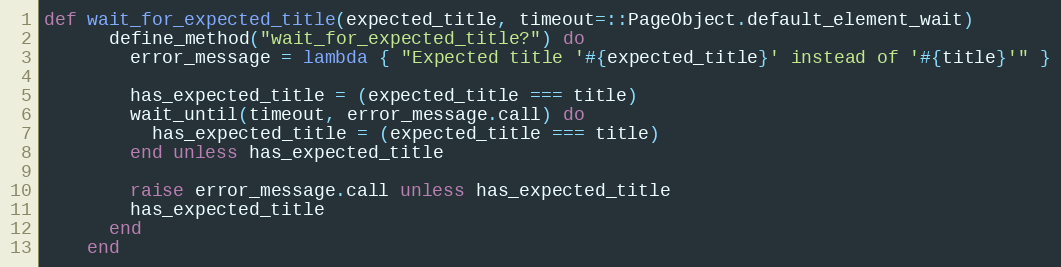
Language: Ruby
def wait_for_expected_title(expected_title, timeout=::PageObject.default_element_wait)
      define_method("wait_for_expected_title?") do
        error_message = lambda { "Expected title '#{expected_title}' instead of '#{title}'" }

        has_expected_title = (expected_title === title)
        wait_until(timeout, error_message.call) do
          has_expected_title = (expected_title === title)
        end unless has_expected_title

        raise error_message.call unless has_expected_title
        has_expected_title
      end
    end